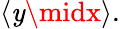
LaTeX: \langle\mathit{y}\midx\rangle.